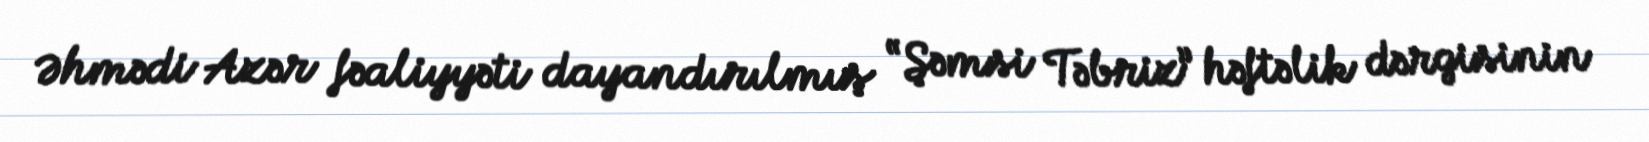
Əhmədi Azər fəaliyyəti dayandırılmış “Şəmsi Təbriz” həftəlik dərgisinin